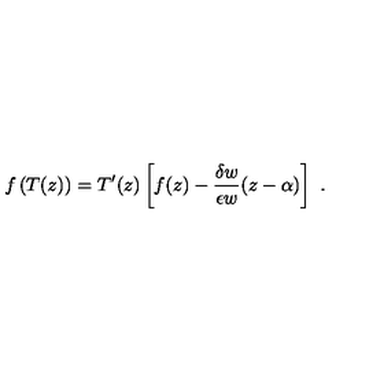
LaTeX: f \left( T ( z ) \right) = T ^ { \prime } ( z ) \left[ f ( z ) - \frac { \delta w } { \epsilon w } ( z - \alpha ) \right] \ .